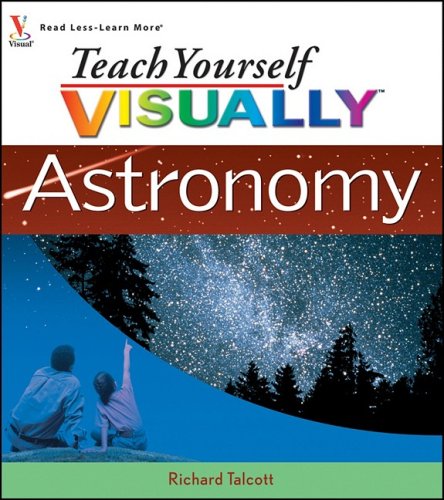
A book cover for Teach Yourself VISUALLY Astronomy; Richard Talcott; Science & Math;